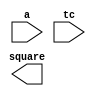
module DW_square(a,tc,square);
parameter	width = 8;
input	[width-1:0]	a;
input			tc;
output	[width+width-1:0]	square;
wire	[width+width-1:0]	square;

wire	[width-1:0]	abs_a;
  // synopsys translate_off 
  //-------------------------------------------------------------------------
  // Parameter legality check
  //-------------------------------------------------------------------------

  
 
  initial begin : parameter_check
    integer param_err_flg;

    param_err_flg = 0;
    
    
    if (width < 1) begin
      param_err_flg = 1;
      $display(
	"ERROR: %m :\\\\\\\\\\\\\\\\\\\\\\\\\\\\\\\\n  Invalid value (%d) for parameter width (lower bound: 1)",
	width );
    end
  
    if ( param_err_flg == 1) begin
      $display(
        "%m :\\\\\\\\\\\\\\\\\\\\\\\\\\\\\\\\n  Simulation aborted due to invalid parameter value(s)");
      $finish;
    end

  end // parameter_check 

     

    assign	abs_a = (a[width-1])? (~a + 1'b1) : a;

    assign	square = ((^(a ^ a) !== 1'b0) || (^(tc ^ tc) !== 1'b0)) ? {width*2{1'bx}} :
			 tc == 1'b1 ? abs_a * abs_a : a * a ;
// synopsys translate_on
endmodule